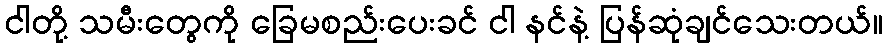
ငါတို့ သမီးတွေကို ခြေမစည်းပေးခင် ငါ နင်နဲ့ ပြန်ဆုံချင်သေးတယ်။